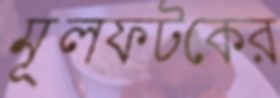
মূলফটকের